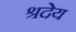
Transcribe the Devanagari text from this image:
श्रदेय